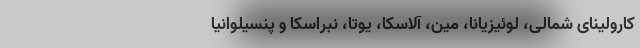
کارولینای شمالی، لوئیزیانا، مین، آلاسکا، یوتا، نبراسکا و پنسیلوانیا